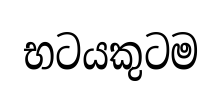
භටයකුටම